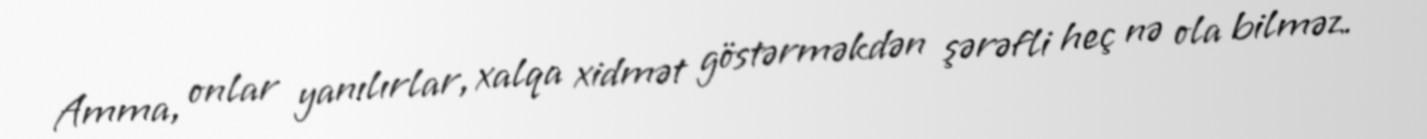
Amma, onlar yanılırlar, xalqa xidmət göstərməkdən şərəfli heç nə ola bilməz.